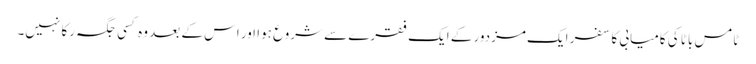
ٹامس باٹا کی کامیابی کا سفر ایک مزدور کے ایک فقرے سے شروع ہوا اور اس کے بعد وہ کسی جگہ رکا نہیں۔